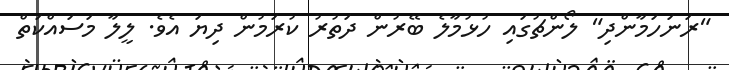
"ރަނަހަމާންދި" ލޯންޗުގައި ހުޅުމާލެ ބޭރުން ދަތުރު ކުރަމުން ދިޔަ އެވެ. ލީލާ މަސައްކަތް